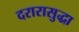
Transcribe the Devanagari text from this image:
दरारासुद्धा